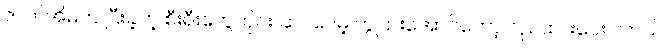
ဇာတ်အိမ်က ပြီးခဲ့တဲ့ စီးရီးတွေတိုင်း ဆင်ပေမဲ့ ကွဲပြားအောင်တော့ လုပ်ထားပေးပါတယ်။